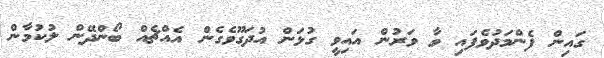
ގައިން ފެންމަދުވެފައި ވާ ވަރުން އައިވީ ގުޅަން އުދަގޫވެގެން އެއްޗެއް ބޯންދޭން ލުކުމާން